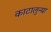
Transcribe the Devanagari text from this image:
काटालुन्या